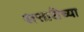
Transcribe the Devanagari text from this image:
सत्तारीच्या